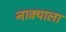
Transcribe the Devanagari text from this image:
नाक्याला